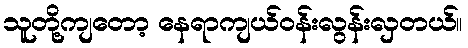
သူတို့ကျတော့ နေရာကျယ်ဝန်းလွန်းလှတယ်။